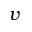
v